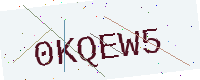
Text: 0KQEW5